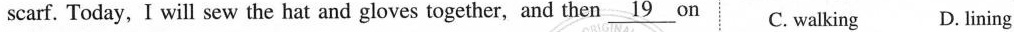
scarf. Today, I will sew the hat and gloves together, and then \underline{19} on C. walking D. Lining